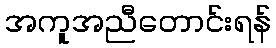
အကူအညီတောင်းရန်